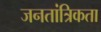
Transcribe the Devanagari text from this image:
जनतांत्रिकता